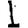
Digit: 1